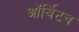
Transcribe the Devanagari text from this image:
ऑर्बिटच